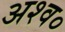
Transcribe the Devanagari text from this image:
अश्व०